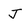
Character: J